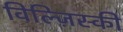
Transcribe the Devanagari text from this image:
विल्ज़िस्की